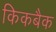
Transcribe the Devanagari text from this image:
किकबैक